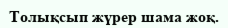
Толықсып жүрер шама жоқ.